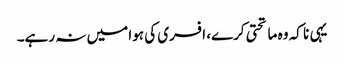
یہی نا کہ وہ ماتحتی کرے، افسری کی ہوا میں نہ رہے۔